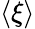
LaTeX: \langle\xi\rangle